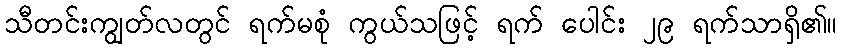
သီတင်းကျွတ်လတွင် ရက်မစုံ ကွယ်သဖြင့် ရက် ပေါင်း ၂၉ ရက်သာရှိ၏။